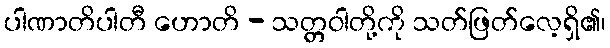
ပါဏာတိပါတီ ဟောတိ - သတ္တဝါတို့ကို သတ်ဖြတ်လေ့ရှိ၏၊